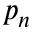
p _ { n }